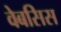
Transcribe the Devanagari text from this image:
वेबसिस